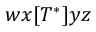
w x [ T ^ { * } ] y z